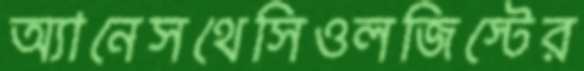
অ্যানেসথেসিওলজিস্টের